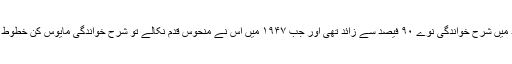
انگریز کی برصغیر آمد سے قبل ہند میں شرح خواندگی نوے ۹۰ فیصد سے زائد تھی اور جب ۱۹۴۷ میں اس نے منحوس قدم نکالے تو شرح خواندگی مایوس کن خطوط پر گر کر محض ۱۰ فیصد رہ گئی ۔